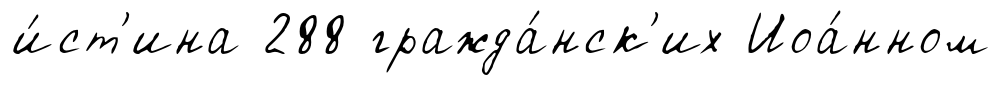
и́ст'ина 288 гражда́нск'их Иоа́нном